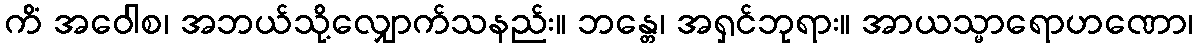
ကိံ အဝေါစ၊ အဘယ်သို့လျှောက်သနည်း။ ဘန္တေ၊ အရှင်ဘုရား။ အာယသ္မာရောဟဏော၊